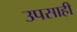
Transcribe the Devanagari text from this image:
उपसाही